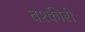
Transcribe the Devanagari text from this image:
बश्कीरी